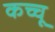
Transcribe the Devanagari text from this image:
कच्चू